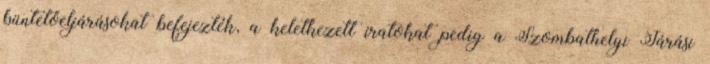
büntetőeljárásokat befejezték, a keletkezett iratokat pedig a Szombathelyi Járási